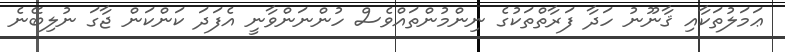
ޢަމަލުތަކާއި ޤާނޫނު ހަދާ ފަރާތްތަކުގެ ނިންމުންތައްވެސް ހުންނަންވާނީ އެފަދަ ކަންކަން ޖާގަ ނުލިބޭނެ